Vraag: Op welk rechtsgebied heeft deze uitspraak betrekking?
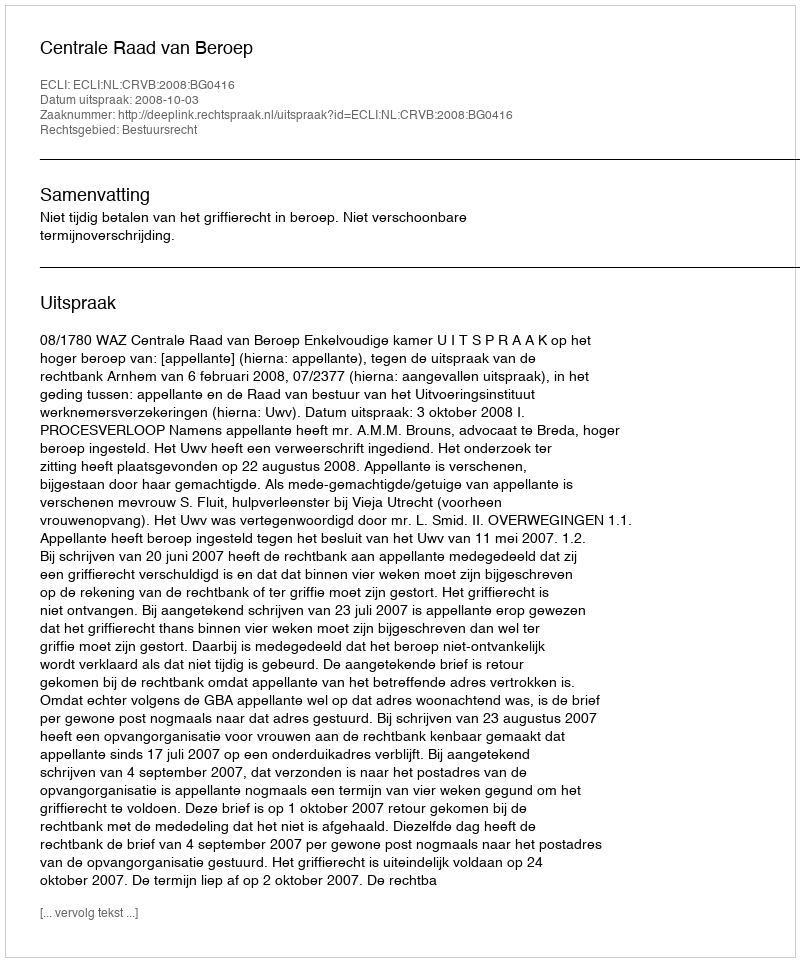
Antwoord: Bestuursrecht